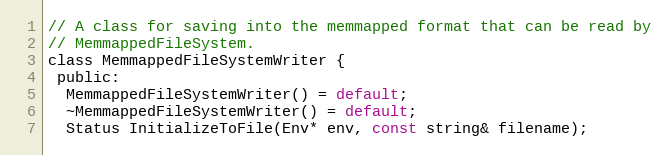
Language: C
// A class for saving into the memmapped format that can be read by
// MemmappedFileSystem.
class MemmappedFileSystemWriter {
 public:
  MemmappedFileSystemWriter() = default;
  ~MemmappedFileSystemWriter() = default;
  Status InitializeToFile(Env* env, const string& filename);